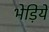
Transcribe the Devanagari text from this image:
भेड़ियें